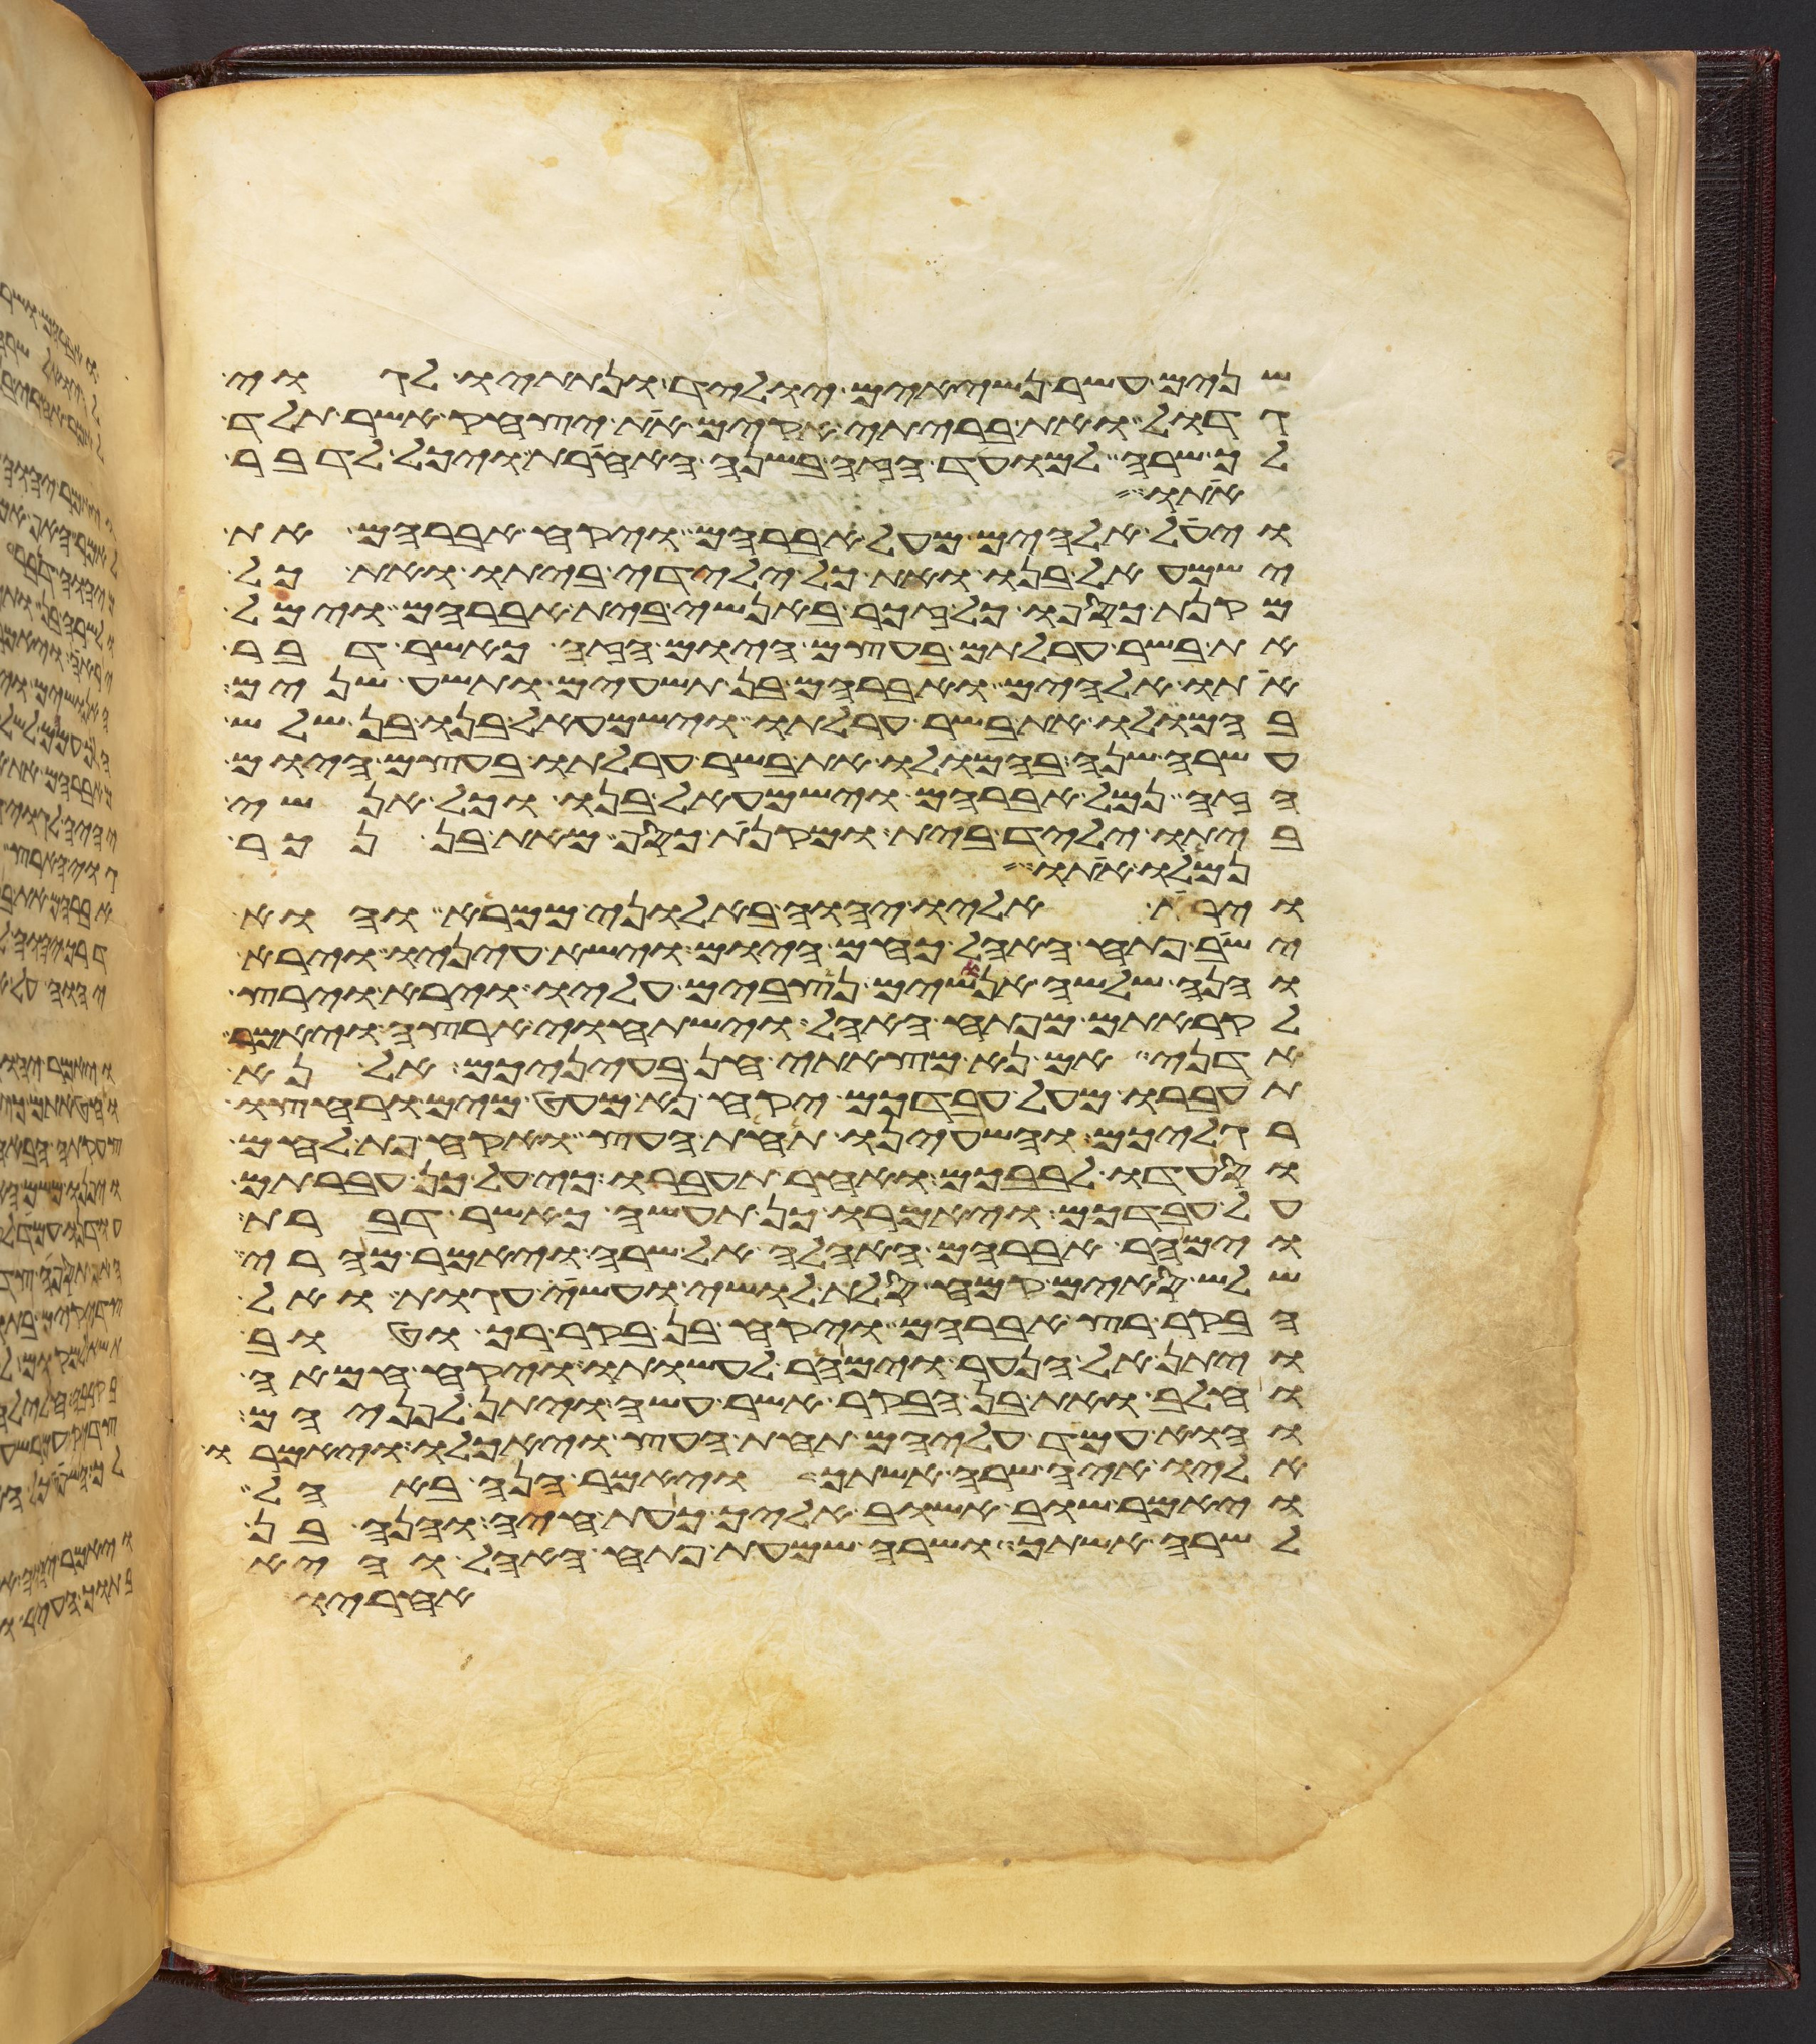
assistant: שנים עשר נשיאים יוליד ונתתיו לגוי
גדול ואת בריתי אקים את יצחק אשר תלד
לך שרה למועד הזה בשנה האחרת ויכל לדבר
אתו
ויעל אלהים מעל אברהם ויקח אברהם את
ישמעאל בנו ואת כל ילידי ביתו ואת כל
מקנת כספו כל זכר באנשי בית אברהם וימל
את בשר ערלתם בעצם היום הזה כאשר דבר
אתו אלהים ואברהם בן תשעים ותשע שנים
בהמלו את בשר ערלתו וישמעאל בנו בן שלש
עשרה שנה בהמלו את בשר ערלתו בעצם היום
הזה נמל אברהם וישמעאל בנו וכל אנשי
ביתו יליד בית ומקנת כסף מאת בן נכר
נמלו אתו
וירא אליו יהוה באלוני ממרא והוא
ישב פתח האהל כחם היום וישא עיניו וירא
והנה שלשה אנושים נצבים עליו וירא וירץ
לקראתם מפתח האהל וישתחוי ארצה ויאמר
אדני אם נא מצאתי חן בעיניכם אל נא
תעברו מעל עבדכם יקח נא מעט מים ורחצו
רגליכם והשעינו תחת העץ ואקח פת לחם
וסעדו לבבכם ואחר תעברו כי על כן עברתם
על עבדכם ויאמרו כן תעשה כאשר דברת
וימהר אברהם האהלה אל שרה ויאמר מהרי
שלש סים קמח סלת לושי ועשה עגות ואל
הבקר רץ אברהם ויקח בן בקר רך וטוב
ויתן אל הנער וימהר לעשותו ויקח חמאה
וחלב ואת בן הבקר אשר עשה ויתן לפניהם
והוא עמד עליהם תחת העץ ויאכלו ויאמרו
אליו איה שרה אשתך ויאמר הנה באהל
ויאמר שוב אשוב אליך כעת חיה והנה בן
לשרה אשתך ושרה שמעת פתח האהל והיא
אחריו